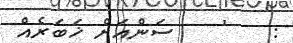
:    '    ސަންއަށް ޚަބަރެއް